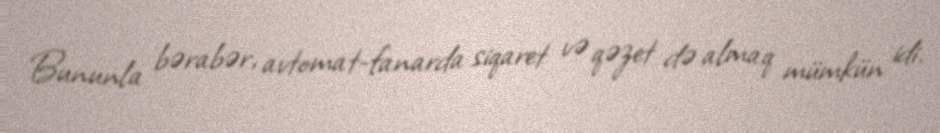
Bununla bərabər, avtomat-fanarda siqaret və qəzet də almaq mümkün idi.